Annual report of the Civil Veterinary Department, Bengal, for the year 1898-99 - 1898-1899
Year: 1898
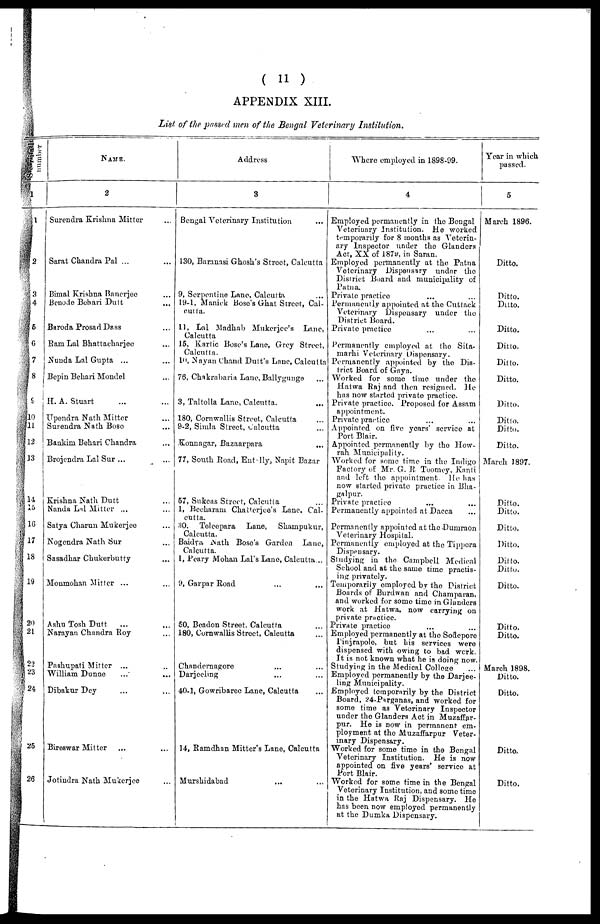
( 11 )
APPENDIX XIII.
List of the passed men of the Bengal Veterinary Institution.
Number
1
1
2
3
4
5
6
7
8
9
10
11
12
13
14
15
10
17
18
19
20
21
22
23
24
25
26
NAME.
2
Surendra Krishna Mitter ...
Sarat Chandra Pal ... ...
Bimal Krishna Banerjee ...
Beuodo Behari Dutt ...
Baroda Prosad Dass ...
Ram Lal Bhattacharjee ...
Nunda Lal Gupta ... ...
Bepin Behari Mondel...
H. A. Stuart ... ...
Upendra Nath Mitter ...
Surendra Nath Boso ...
Bankim Behari Chandra ...
Brojendra Lal Sur ... ...
Krishna Nath Dutt ...
Nanda Lal Mitter ... ...
Satya Charun Mukerjee ...
Nogendra Nath Sur ...
Sasadhar Chukerbutty ...
Monmohan Mitter ... ...
Ashu Tosh Dutt ... ...
Narayan Chandra Roy ...
Pashupati Mitter ... ...
William Dunne ... ...
Dibakur Dey ... ...
Bireswar Mitter ... ...
Jotindra Nath Mukerjee ...
Address
3
Bengal Veterinary Institution ...
130, Baranasi Ghosh's Street, Calcutta
9, Serpentine Lane, Calcutta ...
19-1, Manick Boso's Ghat Street, Cal-
cutta.
11, Lal Madhab Mukerjee's
Lane, |
Calcutta
15, Karlie Bose's Lane, Grey Street,
Calcutta.
10, Nayan Chand Dutt's Lane, Calcutta
76, Chakrabaria Lane, Ballygungo ...
3, Taltolla Lane, Calcutta. ...
180, Cornwallis Street, Calcutta ...
9-2, Simla Street, Calcutta ...
Konnagar, Bazaarpara
...
77, South Road, Entlly, Napit Bazar
57, Sukeas Street, Calcutta ...
1, Bccharani Cha erjee's Lane, Cal-
cutta.
30.
Toleepara
Lane,
Shampukur,
Calcutta.
Baidva Nath Bose'a Garden
Lane,
Calcutta.
1, Peary Mohan Lal's Lane, Calcutta ..
9, Garpar Road ... ...
50, Beadon Street. Calcutta ...
180, Cornwallis Street, Calcutta ...
Chandernagoro ... ...
Darjeeling ...
40-1, Gowribaree Lane, Calcutta...
14, Ramdhan Mitter's Lane, Calcutta
Murshidabad ... ...
Where employed in 1898-99.
4
Employed permanently in the Bengal
Veteriuary Institution. He worked
temporarily for 8 months as Veterin-
ary Inspector under the Glanders
Act, XX of 1879, in Saran.
Employed permanently at the Patna
Veterinary Dispensary under the
District Board and municipality of
Patna.
Private practice ... ...
Permanently appointed at the Cuttack
Veterinary Dispensary under the
District Board.
Private practice ... ...
Permanently employed at the Sita-
marhi Veterinary Uispensary.
Permanently appointed by the Dis-
trict Board of Gaya.
Worked for some time under the
Hatwa Raj and then resigned,
He
has now started private practice.
Private practice. Proposed for Assam
appointment.
Private practice
...
...
Appointed on five years' service at
Port Blair.
Appointed permanently by the How-
rah Municipality.
Worked for some time in the Indigo
Factory of Mr. G. R Toomey, Kanli
and left the appointment. He has
now started private practice in Bha-
galpur.
Private practice ... ...
Permanently appointed at Dacca ...
Permanently appointed at the Dumraon
Veterinary Hospital.
Permanently employed at the Tippcra
Dispensary.
Studying in the Campbell Medical
School and at the same time practis-
ing privately.
Temporarily employed by the District
Boards of Burdwan and Champaran,
and worked for some time in Glanders
work at Hatwa, now carrying on
private practice.
Private practice ... ...
Employed permanently at the Sodeporo
Pinjrapole, but his services were
dispensed with owing to bad work.
It is not known what he is doing now.
Studying in the Medical College ...
Employed permanently by the Darjee-
ling Municipality.
Employed temporarily by the District
Board, 24-Parganas, and worked for
some time as Veterinary Inspector
under the Glanders Act in Muzaffar-
pur. He is now in permanent em-
ployment at the Muzaffarpur Veter-
inary Dispensary.
Worked for some time in the Bengal
Veterinary Institution. He is now
appointed on five years' sorvice at
Port Blair.
Worked for some time in the Bengal
Veterinary Institution, and some time
in the Hatwa Raj Dispensary. He
has been now employed permanently
at the Dumka Dispensary.
Year in which
passed.
5
March 1896.
Ditto.
Ditto.
Ditto.
Ditto.
Ditto.
Ditto.
Ditto.
Ditto.
Ditto.
Ditto.
Ditto.
March 1897.
Ditto.
Ditto.
Ditto.
Ditto.
Ditto.
Ditto.
Ditto.
Ditto.
Ditto.
March 1898.
Ditto.
Ditto.
Ditto.
Ditto.